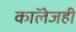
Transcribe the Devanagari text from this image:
काॅलेजही